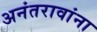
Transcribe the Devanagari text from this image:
अनंतरावांना